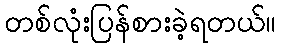
တစ်လုံးပြန်စားခဲ့ရတယ်။